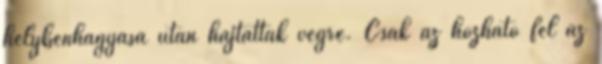
helybenhagyása után hajtattak végre. Csak az hozható fel az